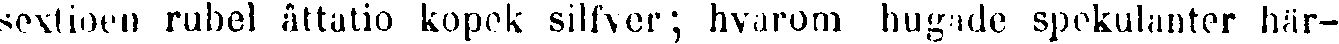
sextioen rubel åttatio kopek silfver; hvarom hugade spekulanter här-